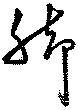
脚